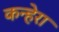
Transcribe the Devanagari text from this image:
कन्हेरा